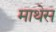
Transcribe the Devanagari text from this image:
माथेस